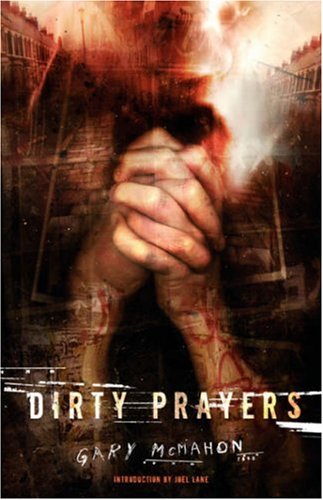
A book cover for Dirty Prayers; Gary McMahon; Science Fiction & Fantasy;